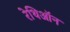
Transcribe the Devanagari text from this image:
रेथिऑन